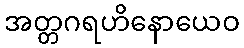
အတ္တဂရဟိနောယေဝ